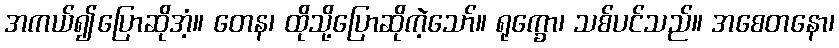
အကယ်၍ပြောဆိုအံ့။ တေန၊ ထိုသို့ပြောဆိုကဲ့သော်။ ရုက္ခော၊ သစ်ပင်သည်။ အစေတနော၊